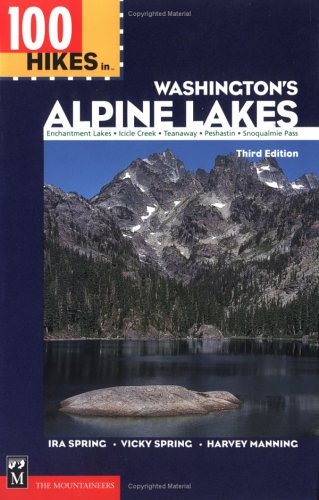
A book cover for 100 Hikes in Washington's Alpine Lakes; Vicky Spring; Travel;